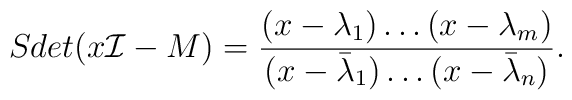
Sdet (x{\cal I} - M)= {(x-\lambda_1) \dots (x-\lambda_m) \over (x-{\bar\lambda}_1) \dots (x-{\bar \lambda}_n) } .